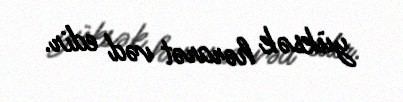
yüksək hərarət vəd edir.